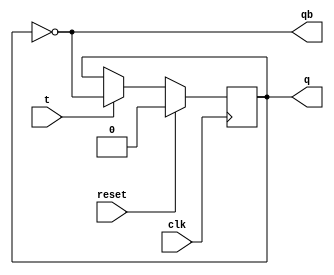
`timescale 1ns / 1ps
//////////////////////////////////////////////////////////////////////////////////
// Company: 
// Engineer: 
// 
// Design Name: 
// Module Name: tf_f
// Project Name: 
// Target Devices: 
// Tool Versions: 
// Description: 
// 
// Dependencies: 
// 
// Revision:
// Revision 0.01 - File Created
// Additional Comments:
// 
//////////////////////////////////////////////////////////////////////////////////


module tf_f(t,clk,reset,q,qb);
input t,clk,reset;
output reg q;
output qb;

always @(posedge clk)
begin
if(reset)
q<=0;
else
 if(t)
 q<=~q;
 else
 q<=q;
end
assign qb=~q;
endmodule